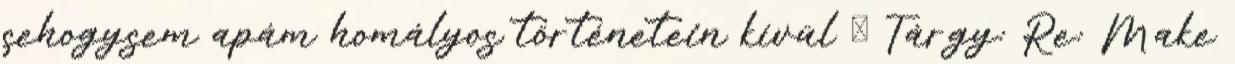
sehogysem apám homályos történetein kívül ₰ Tárgy: Re: Make